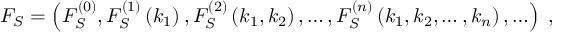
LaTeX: F _ { S } = \left( F _ { S } ^ { ( 0 ) } , F _ { S } ^ { ( 1 ) } \left( k _ { 1 } \right) , F _ { S } ^ { ( 2 ) } \left( k _ { 1 } , k _ { 2 } \right) , \ldots , F _ { S } ^ { ( n ) } \left( k _ { 1 } , k _ { 2 } , \ldots , k _ { n } \right) , \ldots \right) \; ,